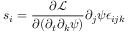
s _ { i } = \frac { \partial \mathcal { L } } { \partial ( \partial _ { t } \partial _ { k } \psi ) } \partial _ { j } \psi \epsilon _ { i j k }